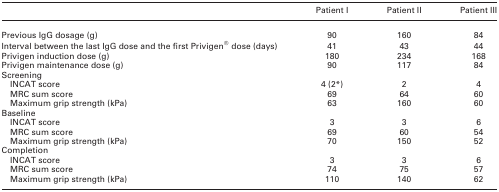
<table><thead><tr><td></td><td><b>Patient I</b></td><td><b>Patient II</b></td><td><b>Patient III</b></td></tr></thead><tbody><tr><td>Previous IgG dosage (g)</td><td>90</td><td>160</td><td>84</td></tr><tr><td>Interval between the last IgG dose and the first Privigen® dose (days)</td><td>41</td><td>43</td><td>44</td></tr><tr><td>Privigen induction dose (g)</td><td>180</td><td>234</td><td>168</td></tr><tr><td>Privigen maintenance dose (g)</td><td>90</td><td>117</td><td>84</td></tr><tr><td>Screening</td><td></td><td></td><td></td></tr><tr><td>INCAT score</td><td>4 (2<sup>*</sup>)</td><td>2</td><td>4</td></tr><tr><td>MRC sum score</td><td>69</td><td>64</td><td>60</td></tr><tr><td>Maximum grip strength (kPa)</td><td>63</td><td>160</td><td>60</td></tr><tr><td>Baseline</td><td></td><td></td><td></td></tr><tr><td>INCAT score</td><td>3</td><td>3</td><td>6</td></tr><tr><td>MRC sum score</td><td>69</td><td>60</td><td>54</td></tr><tr><td>Maximum grip strength (kPa)</td><td>70</td><td>150</td><td>52</td></tr><tr><td>Completion</td><td></td><td></td><td></td></tr><tr><td>INCAT score</td><td>3</td><td>3</td><td>6</td></tr><tr><td>MRC sum score</td><td>74</td><td>75</td><td>57</td></tr><tr><td>Maximum grip strength (kPa)</td><td>110</td><td>140</td><td>62</td></tr></tbody></table>